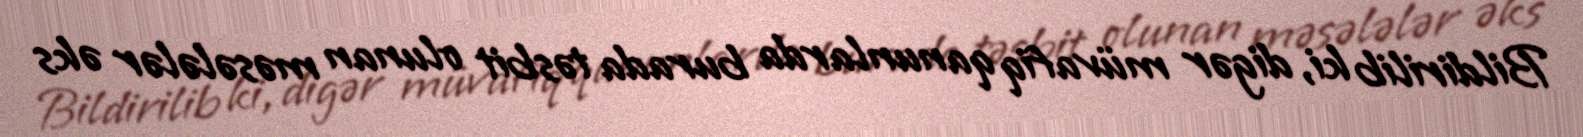
Bildirilib ki, digər müvafiq qanunlarda burada təsbit olunan məsələlər əks